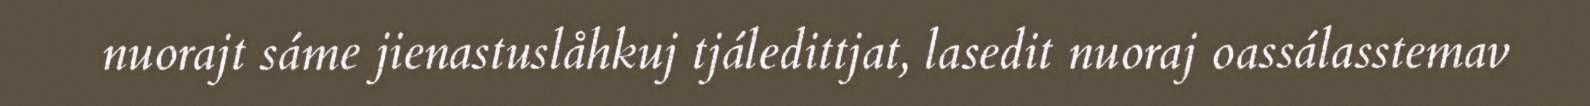
nuorajt sáme jienastuslåhkuj tjáledittjat, lasedit nuoraj oassálasstemav